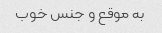
به موقع و جنس خوب